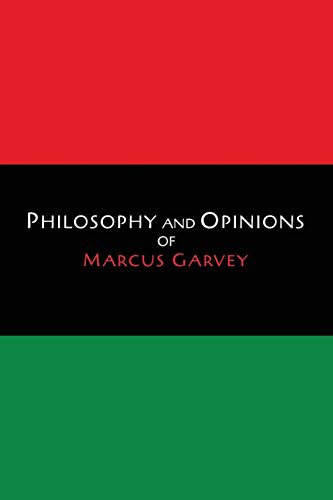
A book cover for Philosophy and Opinions of Marcus Garvey [Volumes I & II in One Volume]; Marcus Garvey; Biographies & Memoirs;